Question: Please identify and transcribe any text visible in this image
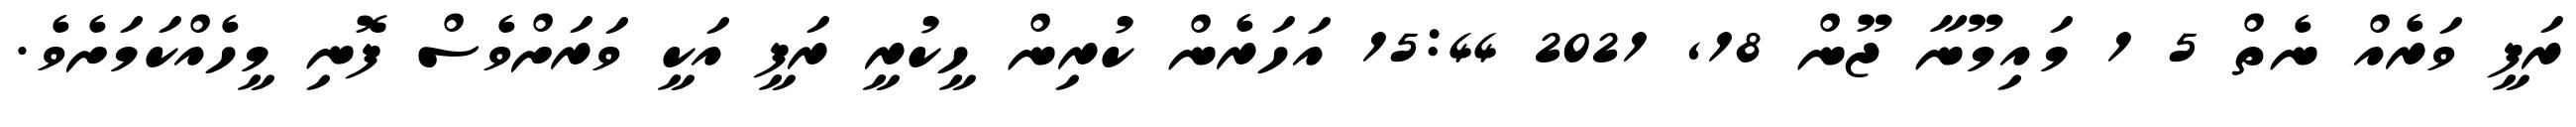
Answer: ރަފީ ވަރެއް ނެތް 5 1 މައިމޫނާ ޖޫން 18, 2021 15:44 އަހަރެން ކުރިން ހީކުރީ ރަފީ އަކީ ވަރަށްވެސް ފޮނި މީހެއްކަމަށެވެ.